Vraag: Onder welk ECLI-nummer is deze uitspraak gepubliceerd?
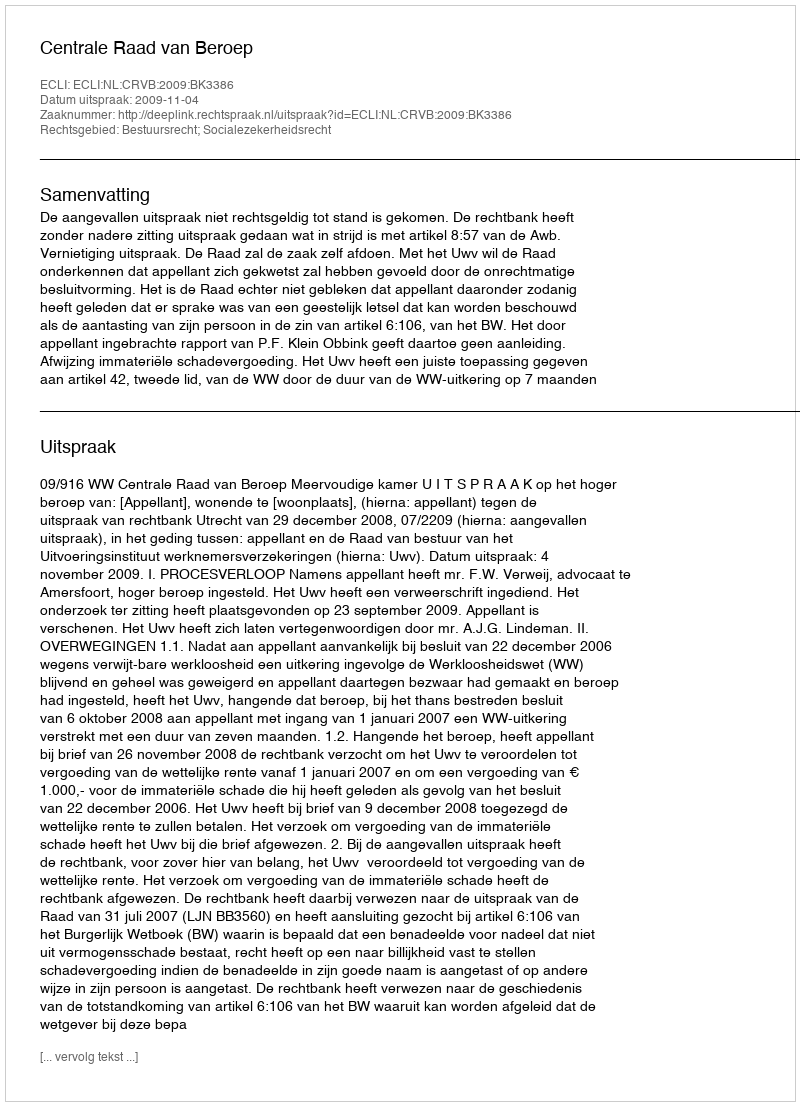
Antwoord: ECLI:NL:CRVB:2009:BK3386